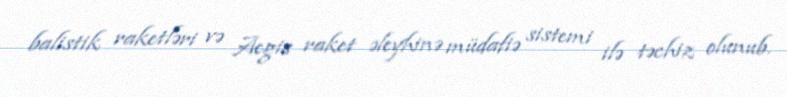
balistik raketləri və Aegis raket əleyhinə müdafiə sistemi ilə təchiz olunub.